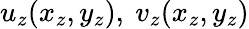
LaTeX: u_{z}(x_{z},y_{z}),~v_{z}(x_{z},y_{z})